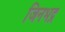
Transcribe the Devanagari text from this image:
जिनभद्र